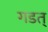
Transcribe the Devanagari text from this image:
गडत्